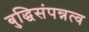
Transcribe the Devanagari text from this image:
बुद्धिसंपन्नत्व